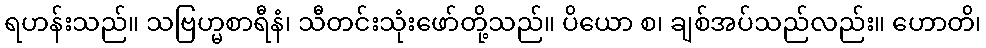
ရဟန်းသည်။ သဗြဟ္မစာရီနံ၊ သီတင်းသုံးဖော်တို့သည်။ ပိယော စ၊ ချစ်အပ်သည်လည်း။ ဟောတိ၊